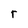
Character: r